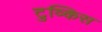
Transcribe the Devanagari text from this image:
टुव्किस